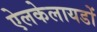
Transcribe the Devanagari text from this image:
ऐलकेलायडों